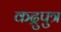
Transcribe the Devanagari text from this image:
कद्रुपुत्र